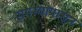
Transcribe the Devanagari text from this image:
समस्यांपासून